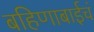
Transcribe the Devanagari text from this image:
बहिणाबाईचं